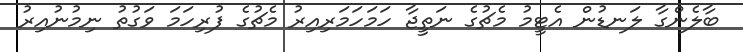
ބާލެންގާ ލަނޑުން އެޓީމު މެޗުގެ ނަތީޖާ ހަމަހަމަރިއިރު މެޗުގެ ފުރިހަމަ ވަގުތު ނިމުނުއިރު